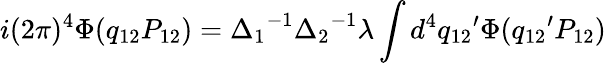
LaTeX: i(2\pi)^{4}\Phi(q_{12}P_{12})={\Delta_{1}}^{-1}{\Delta_{2}}^{-1}\lambda\int d^{4}{q_{12}}^{\prime}\Phi({q_{12}}^{\prime}P_{12})